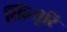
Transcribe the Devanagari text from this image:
सिंहसूरि